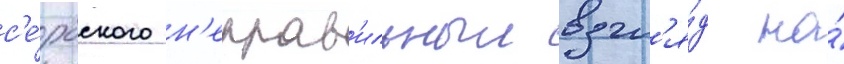
с'е́рбского н'еправ'ильныи взгл'я́д на́